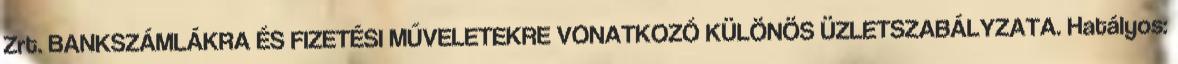
Zrt. BANKSZÁMLÁKRA ÉS FIZETÉSI MŰVELETEKRE VONATKOZÓ KÜLÖNÖS ÜZLETSZABÁLYZATA. Hatályos: